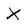
Character: X